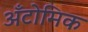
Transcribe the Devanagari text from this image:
अँटोमिक